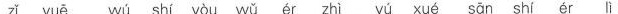
zǐ yuē wú shí yòu wǔ ér zhi yú xué san shi ér lì